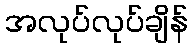
အလုပ်လုပ်ချိန်